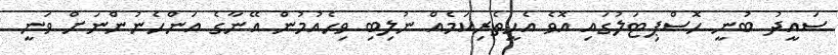
ސައީދު ބުނީ ހޮސްޕިޓަލުގައި އޮވެ އެހީތެރިކަމެއް ނުލިބި ވިހެއުމުން އޭނާގެ އަންހެނުންނަށް ވަނީ